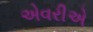
એવરીએ